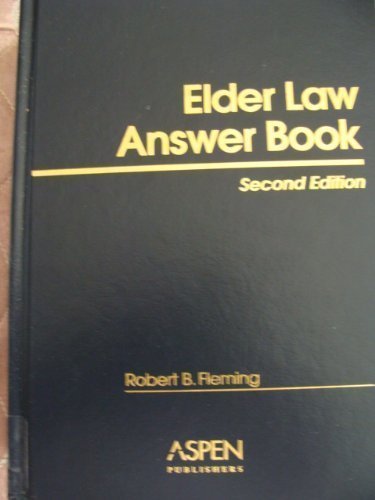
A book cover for Elder Law Answer Book; Robert B. Fleming; Law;